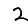
Digit: 2